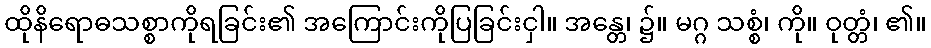
ထိုနိရောဓသစ္စာကိုရခြင်း၏ အကြောင်းကိုပြခြင်းငှါ။ အန္တေ၊ ၌။ မဂ္ဂ သစ္စံ၊ ကို။ ဝုတ္တံ၊ ၏။